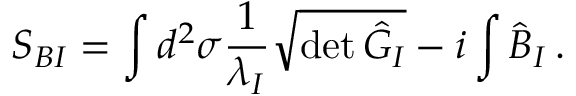
S _ { B I } = \int d ^ { 2 } \sigma \frac { 1 } { \lambda _ { I } } \sqrt { \operatorname * { d e t } { \hat { G } } _ { I } } - i \int \hat { B } _ { I } \, .